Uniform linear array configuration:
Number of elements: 16
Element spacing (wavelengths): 0.5
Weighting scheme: hann
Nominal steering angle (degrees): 15
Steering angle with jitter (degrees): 15.776
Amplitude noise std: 0.05
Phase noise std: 0.05

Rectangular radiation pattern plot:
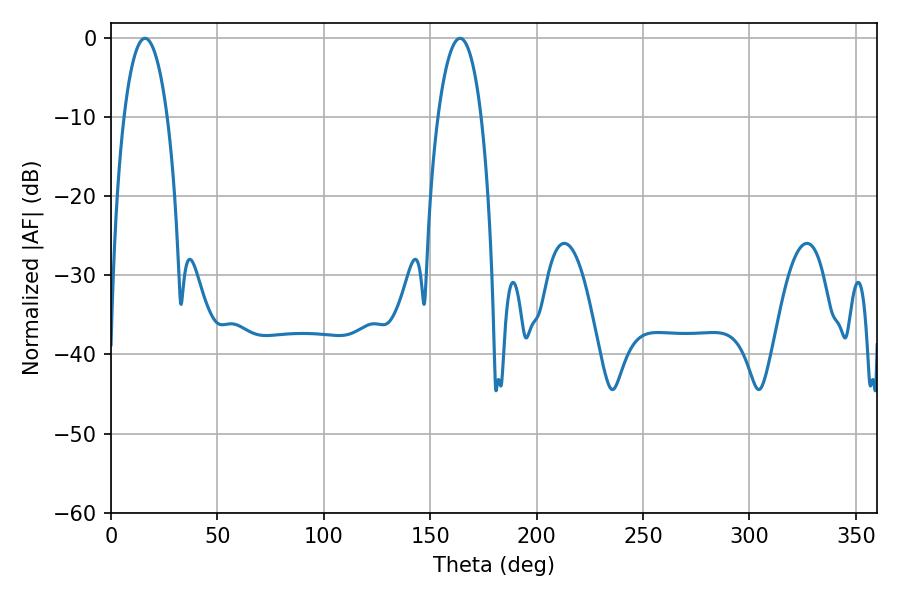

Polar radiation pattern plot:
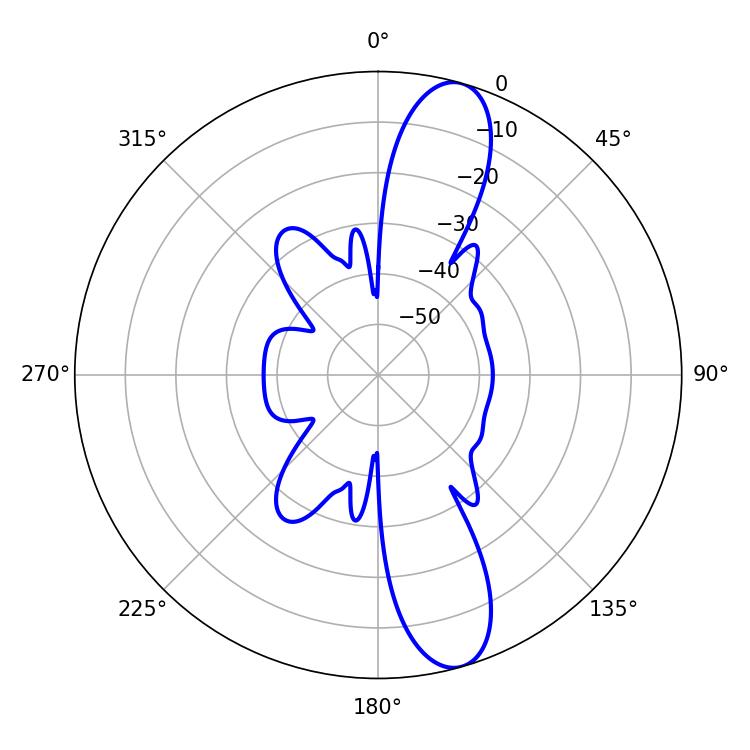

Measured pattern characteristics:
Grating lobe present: FALSE
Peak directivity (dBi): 12.349
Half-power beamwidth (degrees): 11.34
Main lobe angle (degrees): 16.02